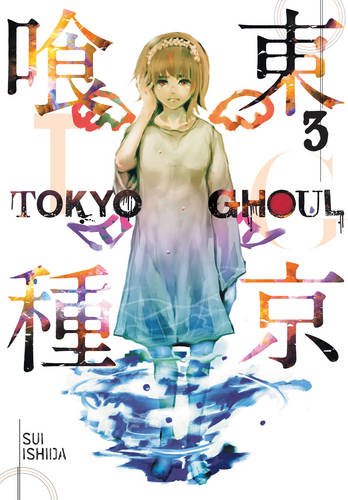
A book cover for Tokyo Ghoul, Vol. 3; Sui Ishida; Comics & Graphic Novels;